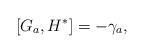
LaTeX: \begin{align*}\left[ G_a,H^{*}\right] =-\gamma _a,\end{align*}